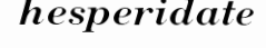
hesperidate